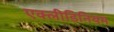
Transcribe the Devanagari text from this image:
एक्लीडिनियम